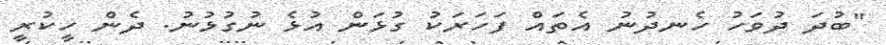
"ބުދަ ދުވަހު ހެނދުނު އެތައް ފަހަރަކު ގުޅަން އުޅެ ނުގުޅުނު. ދެން ހީކުރީ